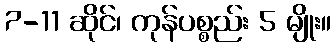
7-11 ဆိုင်၊ ကုန်ပစ္စည်း 5 မျိုး။